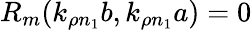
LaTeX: R_{m}(k_{\rho n_{1}}b,k_{\rho n_{1}}a)=0